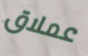
عملاق